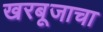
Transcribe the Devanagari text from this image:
खरबूजाचा